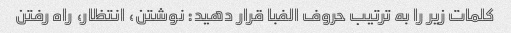
کلمات زیر را به ترتیب حروف الفبا قرار دهید: نوشتن، انتظار، راه رفتن